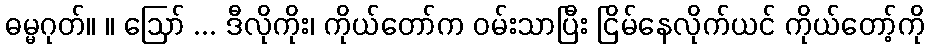
ဓမ္မဂုတ်။ ။ ဩော် ... ဒီလိုကိုး၊ ကိုယ်တော်က ဝမ်းသာပြီး ငြိမ်နေလိုက်ယင် ကိုယ်တော့်ကို